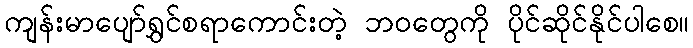
ကျန်းမာပျော်ရွှင်စရာကောင်းတဲ့ ဘဝတွေကို ပိုင်ဆိုင်နိုင်ပါစေ။